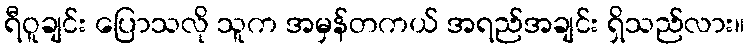
ရီဝူချင်း ပြောသလို သူက အမှန်တကယ် အရည်အချင်း ရှိသည်လား။